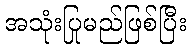
အသုံးပြုမည်ဖြစ်ပြီး